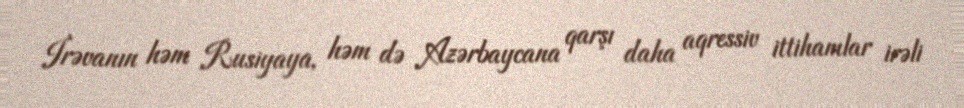
İrəvanın həm Rusiyaya, həm də Azərbaycana qarşı daha aqressiv ittihamlar irəli